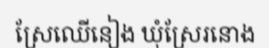
ស្រែឈើនៀង ឃុំស្រែរនោង